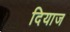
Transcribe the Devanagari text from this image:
दियाज